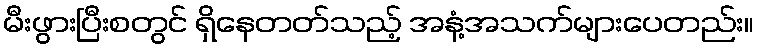
မီးဖွားပြီးစတွင် ရှိနေတတ်သည့် အနံ့အသက်များပေတည်း။